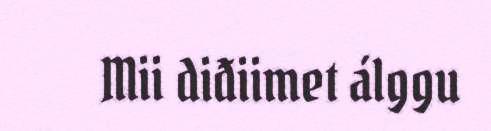
Mii diđiimet álggu